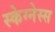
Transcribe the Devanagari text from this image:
स्केग्नेस्स